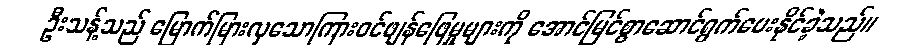
ဦးသန့်သည် မြောက်မြားလှသောကြားဝင်ဖျန်ဖြေမှုများကို အောင်မြင်စွာဆောင်ရွက်ပေးနိုင်ခဲ့သည်။